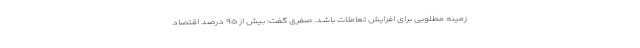
زمینه مطلوبی برای افزایش تعاملات باشد. صفری گفت: بیش از ۹۵ درصد اقتصاد